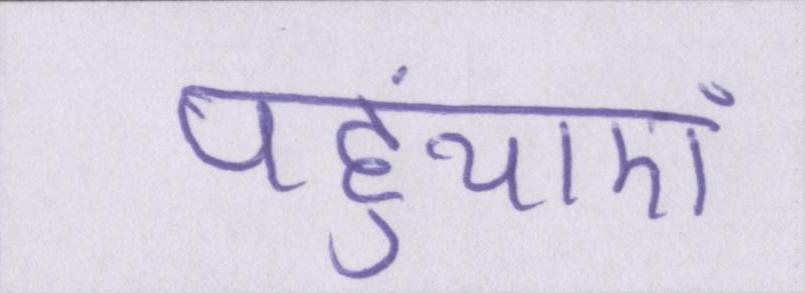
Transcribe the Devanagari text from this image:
पहुंचाएं